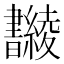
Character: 𣍚